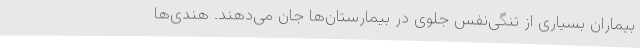
بیماران بسیاری از تنگی‌نفس جلوی در بیمارستان‌ها جان می‌دهند. هندی‌ها